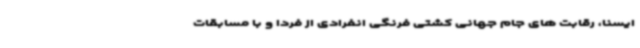
ایسنا، رقابت های جام جهانی کشتی فرنگی انفرادی از فردا و با مسابقات